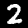
Digit: 2